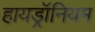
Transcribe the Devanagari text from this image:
हायड्रॉनियम